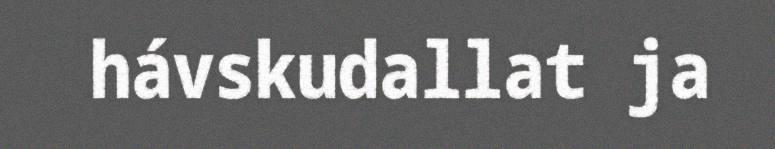
hávskudallat ja